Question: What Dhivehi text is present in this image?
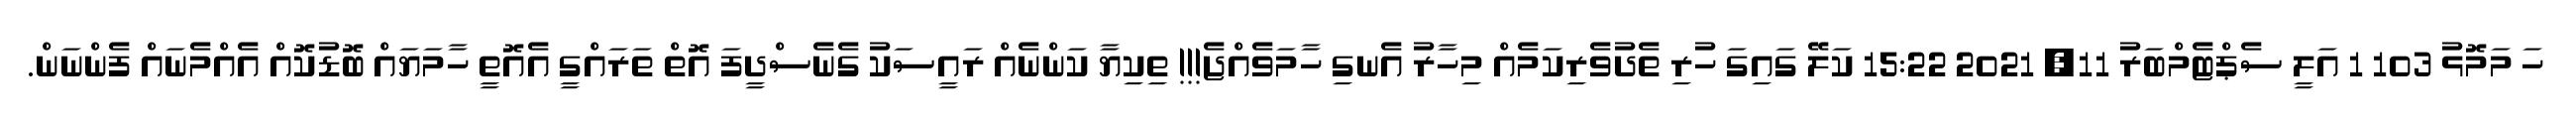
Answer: ހަ މަމޮޅު 103 1 އަލީ ސެޕްޓެމްބަރު 11, 2021 15:22 ކަލޭ ގައިގަ ހުރި ތެދުވެރިކަމެއް މިހާރު އެނގި ހާމަވެއްޖެ!!! ތިކިޔާ ކަންނެއް ރައީސަކު ގެނެސްދީފަ އޮތް ތަރައްގީ އެއޮތީ ހާމަޔައް ބޮޑުކޮއް އެއްމެނައް ފެންނަން.